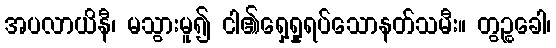
အပလာယိနီ၊ မသွားမူ၍ ငါ၏ရှေ့ရှုရပ်သောနတ်သမီး။ တွဉ္စခေါ၊